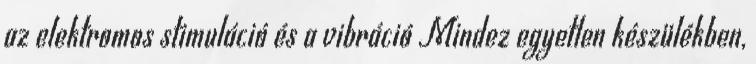
az elektromos stimuláció és a vibráció Mindez egyetlen készülékben,